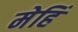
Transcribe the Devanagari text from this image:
मेहिं